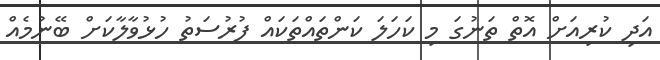
އަދި ކުރިއަށް އޮތް ތަނުގަ މި ކަހަލަ ކަންތައްތަކައް ފުރުސަތު ހުޅުވާލާކަށް ބޭނުމެއް